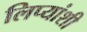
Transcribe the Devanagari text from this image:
लिप्यांशी